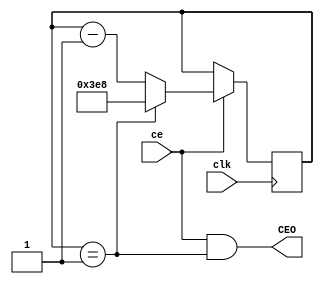
module Gen_Nms_1s(
	input clk,	output wire CEO,
	input ce
);
parameter F1kHz = 1000;
reg[9:0]cb_ms = 0;
wire[9:0]Nms = F1kHz;
 
assign CEO = ce & (cb_ms==1);
always @(posedge clk) if (ce) begin
	cb_ms <= (cb_ms==1)? Nms : cb_ms-1 ;
end
endmodule